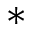
^ \ast